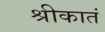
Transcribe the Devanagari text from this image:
श्रीकातं